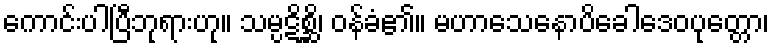
ကောင်းပါပြီဘုရားဟု။ သမ္ပဋိစ္ဆိ၊ ဝန်ခံ၏။ မဟာသေနောပိခေါဒေဝပုတ္တော၊